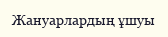
Жануарлардың ұшуы